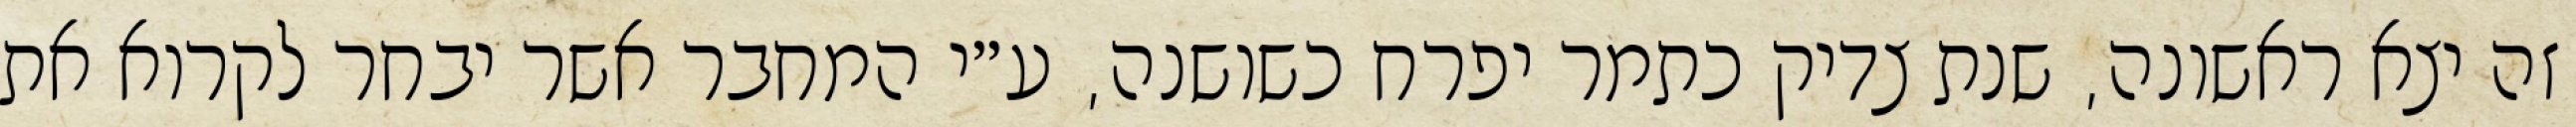
זה יצא ראשונה, שנת צדיק כתמר יפרח כשושנה, ע״י המחבר אשר יבחר לקרוא את